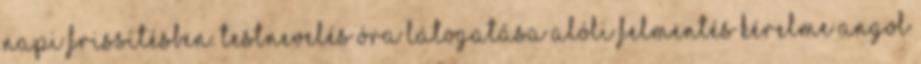
napi frissítésben. Testnevelés óra látogatása alóli felmentés kérelme Angol